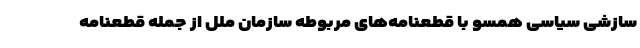
سازشی سیاسی همسو با قطعنامه‌های مربوطه سازمان ملل از جمله قطعنامه